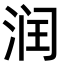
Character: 润